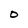
Character: O